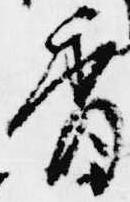
香